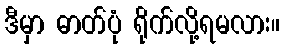
ဒီမှာ ဓာတ်ပုံ ရိုက်လို့ရမလား။